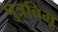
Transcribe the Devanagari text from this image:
पुत्रविभू